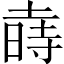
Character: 𱢑